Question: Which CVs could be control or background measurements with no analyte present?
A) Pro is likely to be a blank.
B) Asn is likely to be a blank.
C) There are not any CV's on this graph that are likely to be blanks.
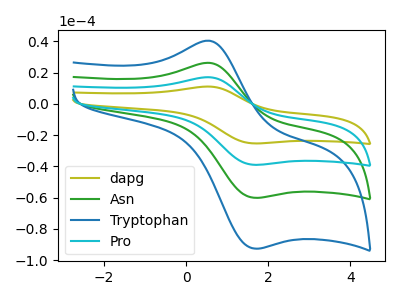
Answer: <think>The olive curve "dapg" has an anodic peak at (0.55V, 78.60uA) and a cathodic peak at (1.65V, -180.10uA). The green curve "Asn" has an anodic peak at (0.55V, 26.20uA) and a cathodic peak at (1.65V, -60.05uA). The blue curve "Tryptophan" has an anodic peak at (0.55V, 40.35uA) and a cathodic peak at (1.65V, -92.50uA). The cyan curve "Pro" has an anodic peak at (0.55V, 52.40uA) and a cathodic peak at (1.65V, -120.05uA).</think>
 <answer>C) There are not any CV's on this graph that are likely to be blanks.</answer>
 <eval>C</eval>